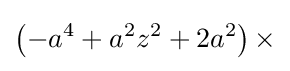
\left(-a^{4}+a^{2}z^{2}+2a^{2}\right)\times